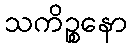
သကိဉ္စနော